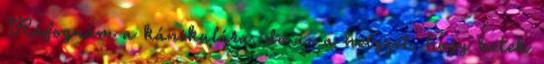
Ráfognám a kánikulára, de az a helyzet, hogy hetek